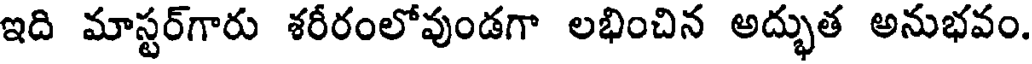
ఇది మాస్టర్గారు శరీరంలోవుండగా లభించిన అద్భుత అనుభవం